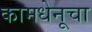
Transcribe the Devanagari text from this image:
कामधेनूचा